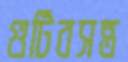
গুটিবসন্ত